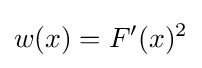
w(x)=F'(x)^{2}